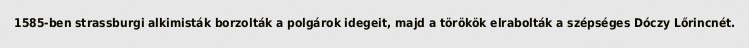
1585-ben strassburgi alkimisták borzolták a polgárok idegeit, majd a törökök elrabolták a szépséges Dóczy Lőrincnét.